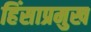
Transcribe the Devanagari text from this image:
हिंसाप्रमुख